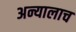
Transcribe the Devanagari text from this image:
अन्यालाच